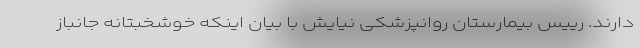
دارند. رییس بیمارستان روانپزشکی نیایش با بیان اینکه خوشخبتانه جانباز